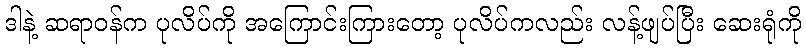
ဒါနဲ့ ဆရာဝန်က ပုလိပ်ကို အကြောင်းကြားတော့ ပုလိပ်ကလည်း လန့်ဖျပ်ပြီး ဆေးရုံကို